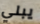
يبلي